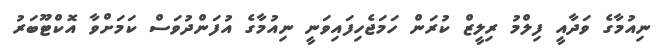
ނިއުމާގެ ވަދާއީ ފިލްމު ރިލީޒް ކުރަން ހަމަޖެހިފައިވަނީ ނިއުމާގެ އުފަންދުވަސް ކަމަށްވާ އޮކްޓޫބަރު